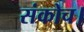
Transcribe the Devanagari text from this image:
संकोच।